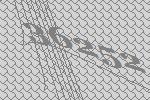
36252